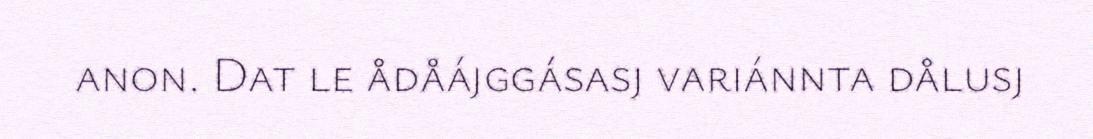
anon. Dat le ådåájggásasj variánnta dålusj